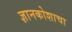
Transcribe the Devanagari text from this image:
ज्ञानकोशाचा